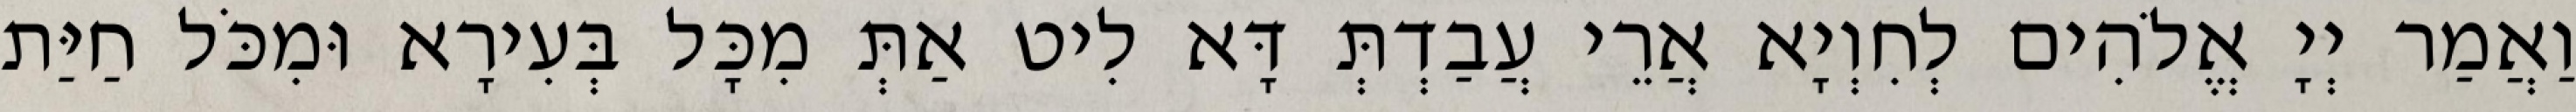
וַאֲמַר יְיָ אֱלֹהִים לְחִוְיָא אֲרֵי עֲבַדְתְּ דָּא לִיט אַתְּ מִכָּל בְּעִירָא וּמִכֹּל חַיַּת